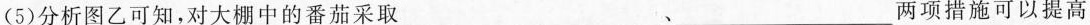
(5)分析图乙可知，对大棚中的番茄采取___、___两项措施可以提高